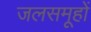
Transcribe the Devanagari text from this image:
जलसमूहों